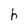
Character: h